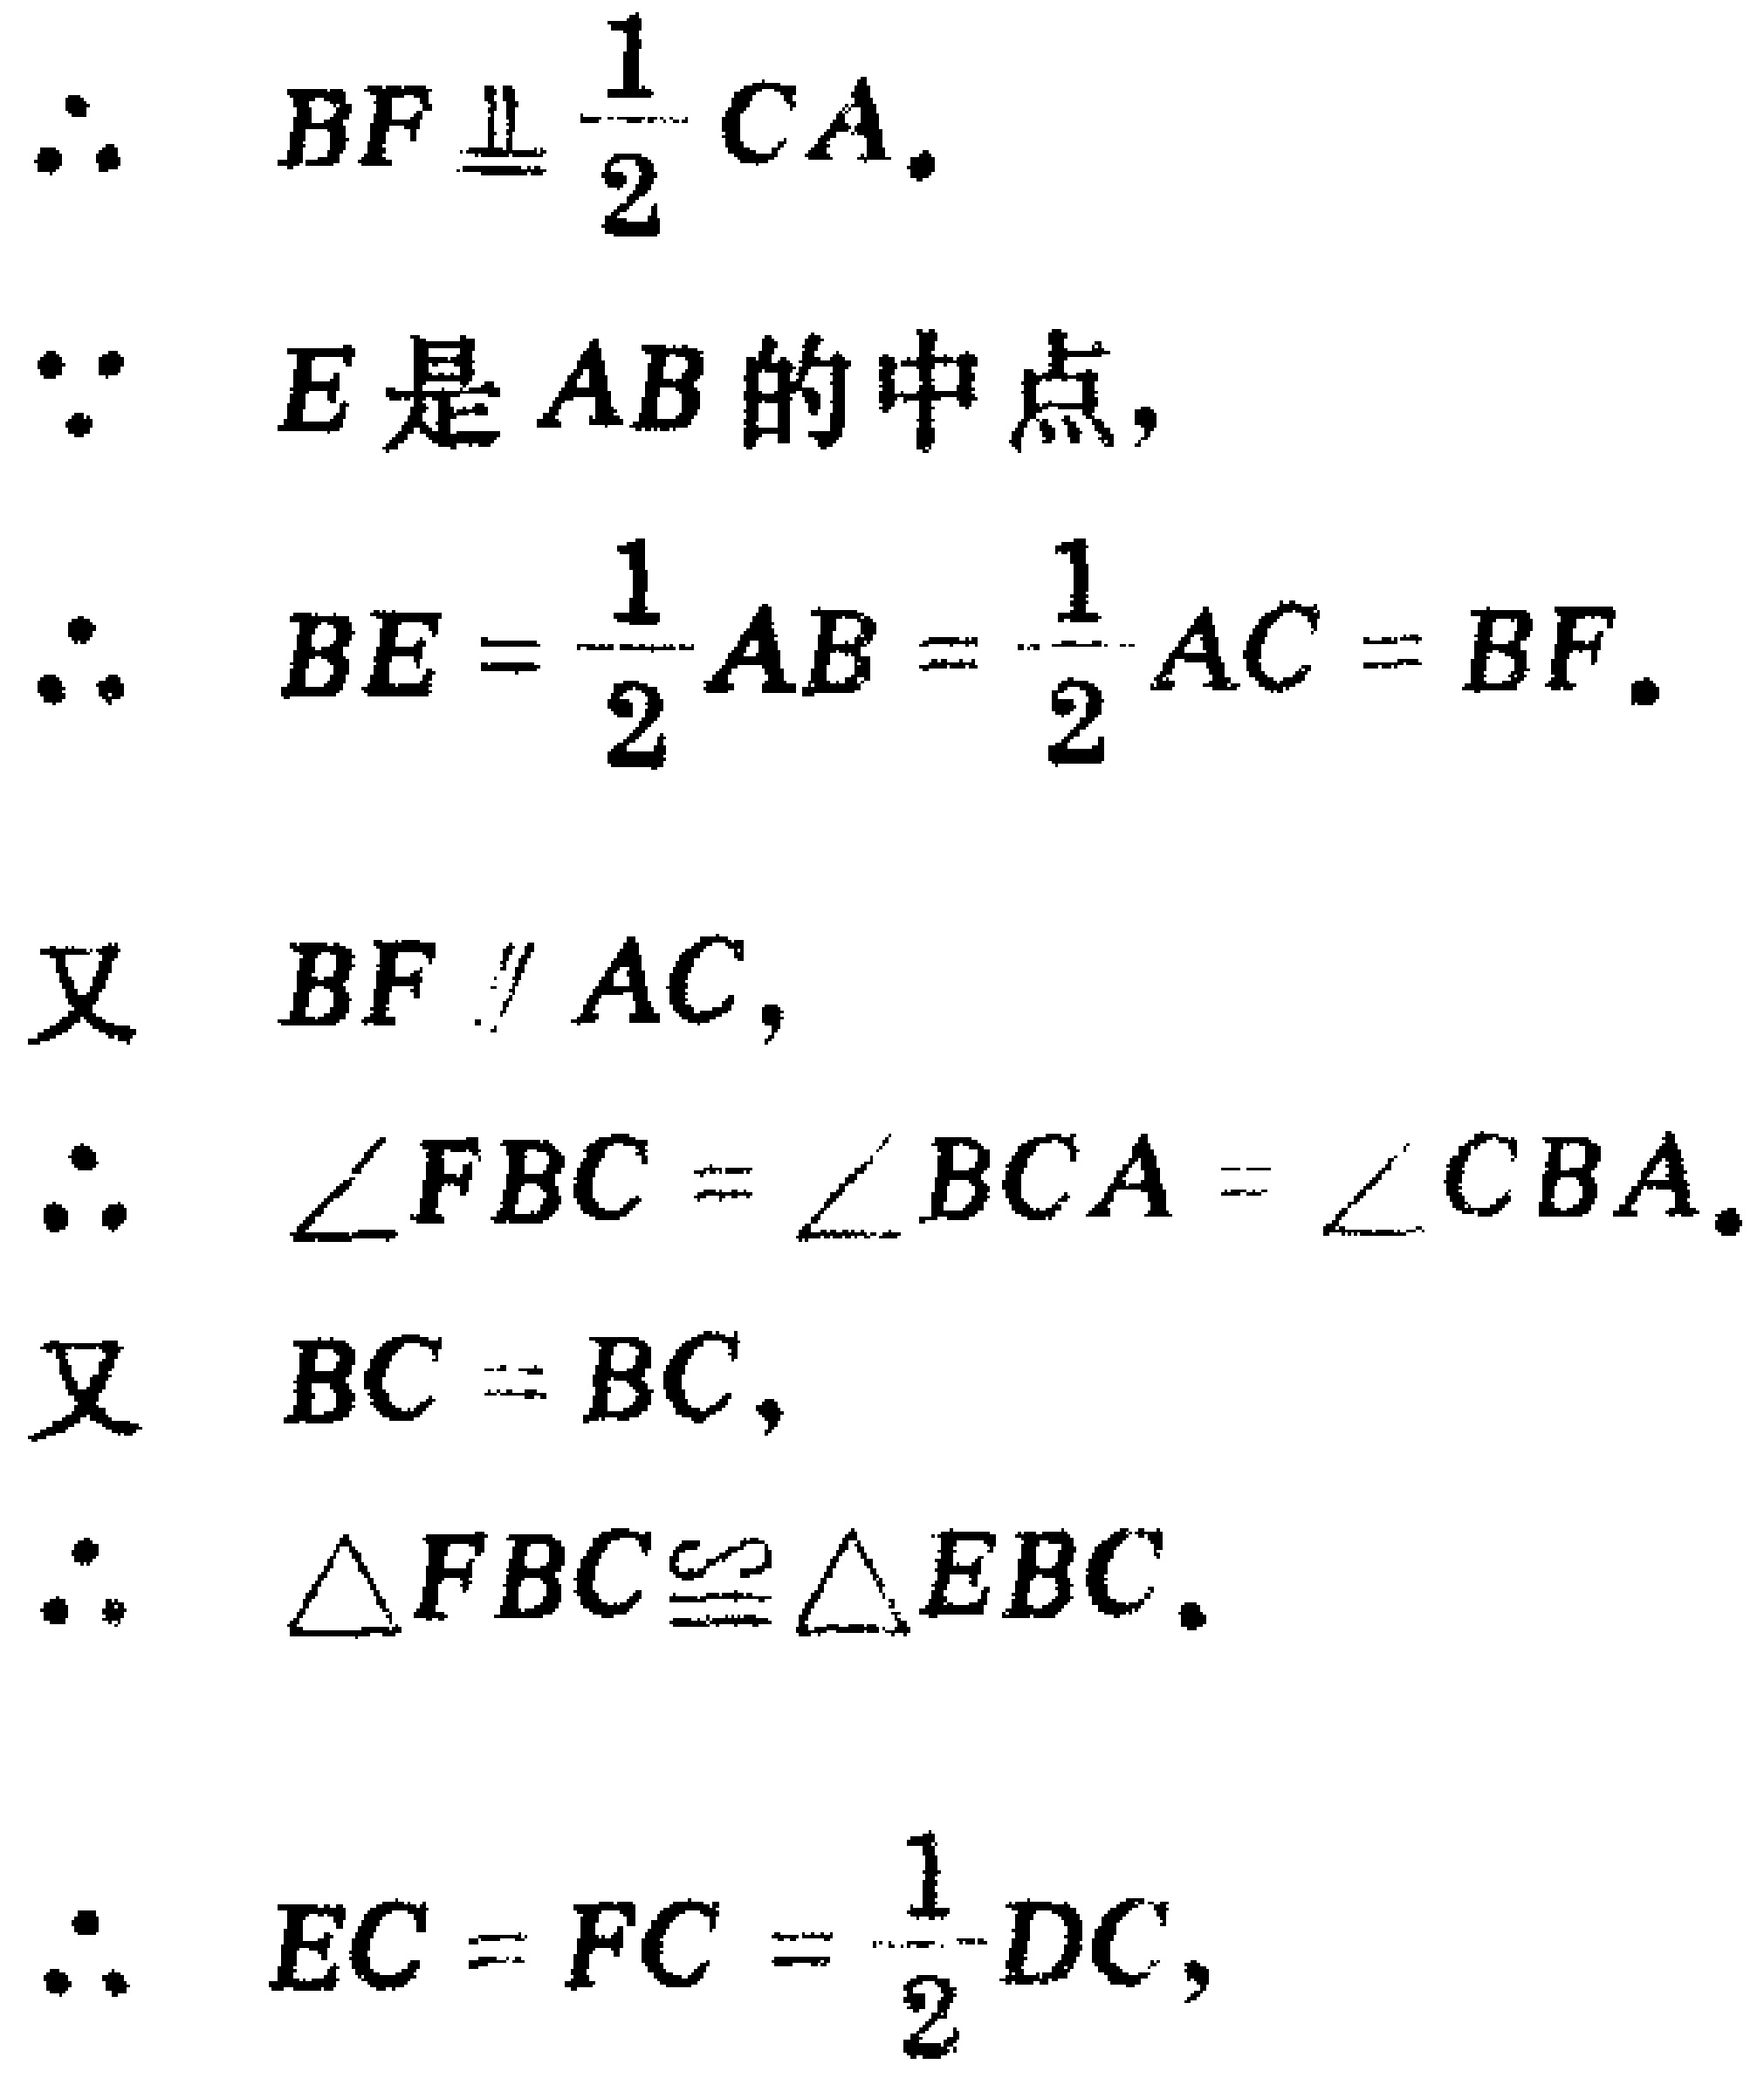
\begin{align*}

&\therefore\quad BF\equalparallel\frac{1}{2}CA.\\

&\because\quad E\text{ 是 }AB\text{ 的中点},\\

&\therefore\quad BE = \frac{1}{2}AB=\frac{1}{2}AC = BF.\\

&\text{又}\quad BF\parallel AC,\\

&\therefore\quad \angle FBC=\angle BCA=\angle CBA.\\

&\text{又}\quad BC = BC,\\

&\therefore\quad \triangle FBC\cong\triangle EBC.\\

&\therefore\quad EC = FC=\frac{1}{2}DC,

\end{align*}